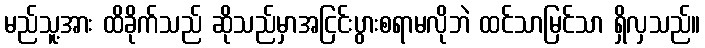
မည်သူ့အား ထိခိုက်သည် ဆိုသည်မှာအငြင်းပွားစရာမလိုဘဲ ထင်သာမြင်သာ ရှိလှသည်။